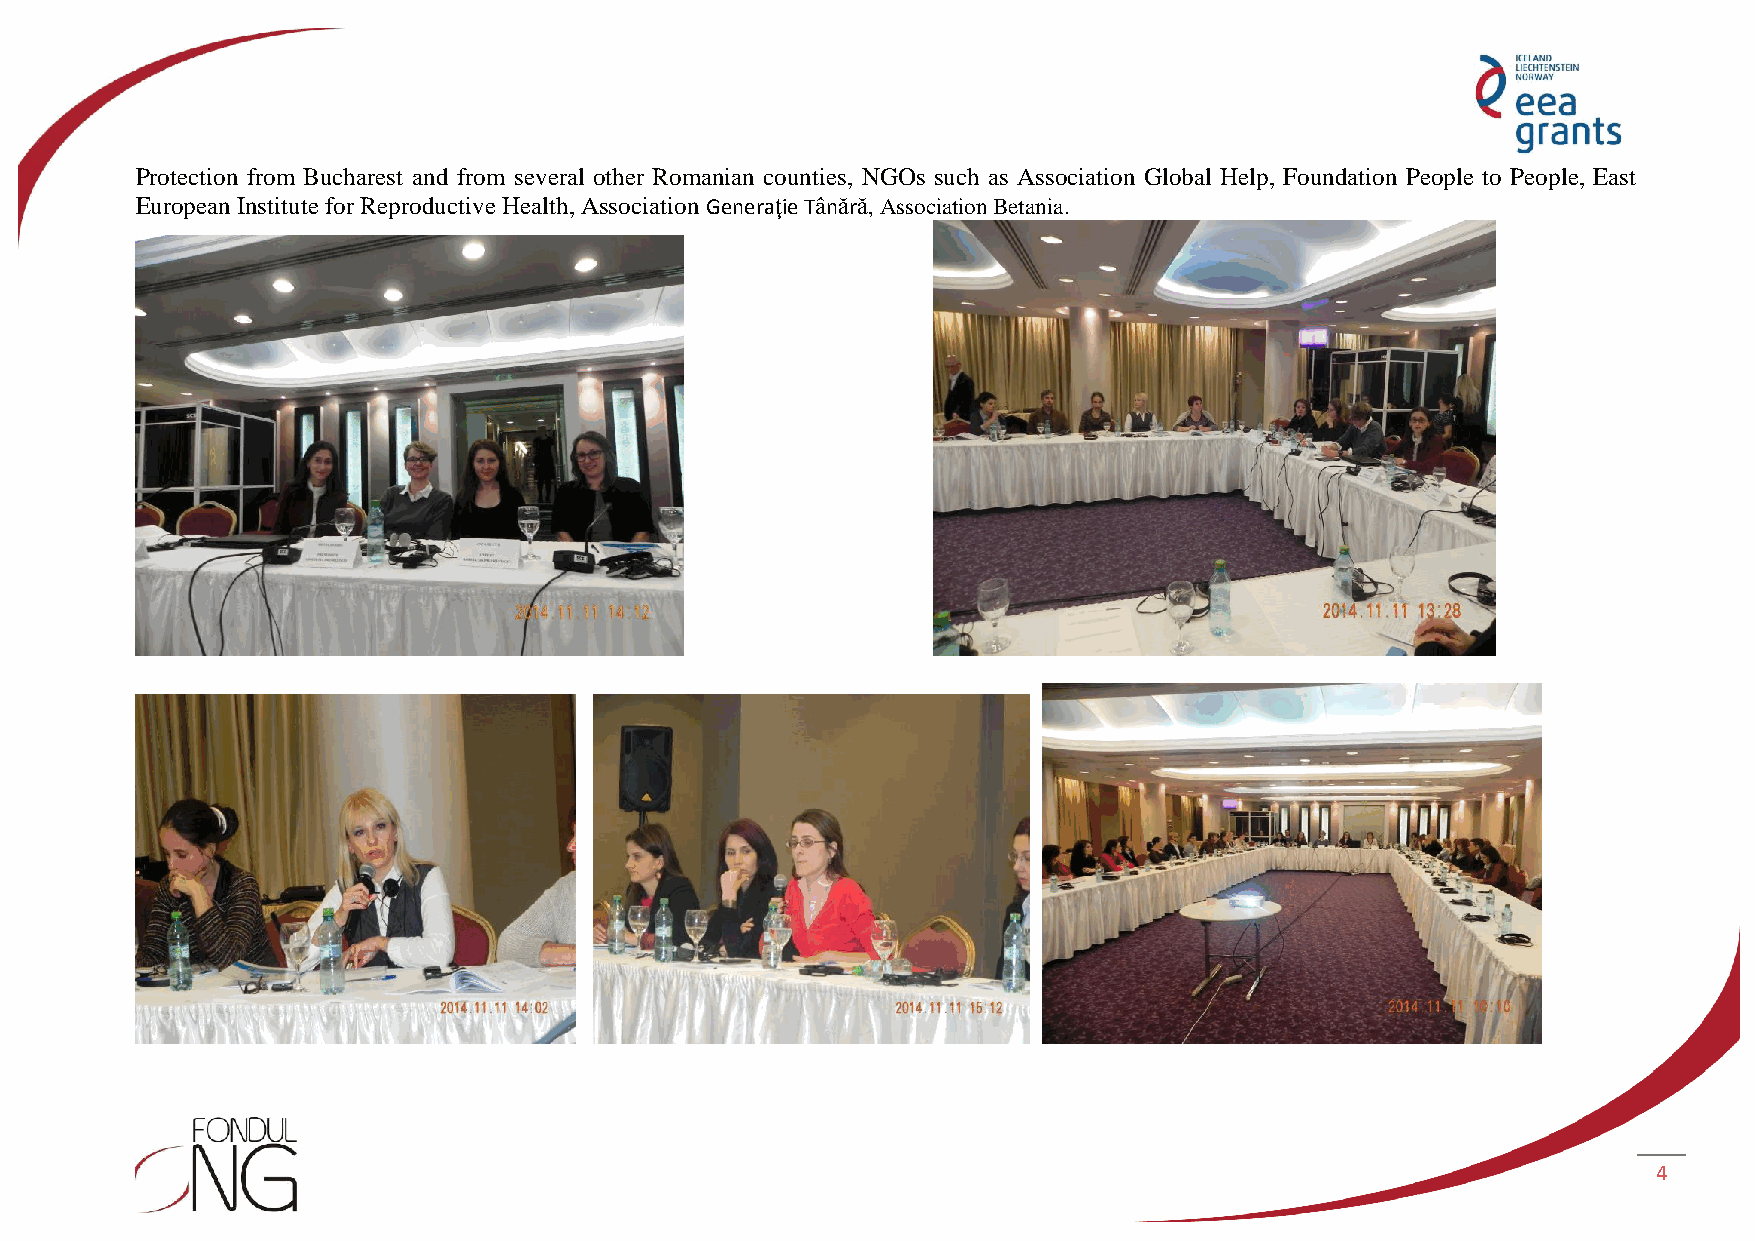
Protection from Bucharest and from several other Romanian counties, NGOs such as Association Global Help, Foundation People to People, East
 European Institute for Reproductive Health, Association Generaţie Tânără, Association Betania.
 4